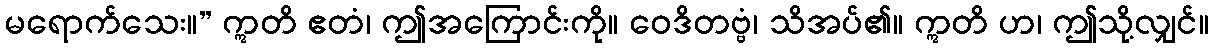
မရောက်သေး။” ဣတိ ဧတံ၊ ဤအကြောင်းကို။ ဝေဒိတဗ္ဗံ၊ သိအပ်၏။ ဣတိ ဟ၊ ဤသို့လျှင်။